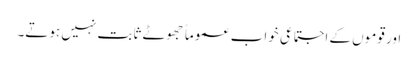
اور قوموں کے اجتماعی خواب عموماً جھوٹے ثابت نہیں ہوتے۔